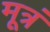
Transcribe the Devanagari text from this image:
मूत्रं